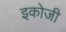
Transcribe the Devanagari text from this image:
इकोजी